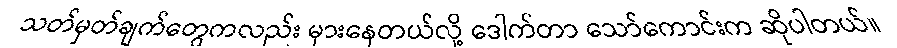
သတ်မှတ်ချက်တွေကလည်း မှားနေတယ်လို့ ဒေါက်တာ သော်ကောင်းက ဆိုပါတယ်။